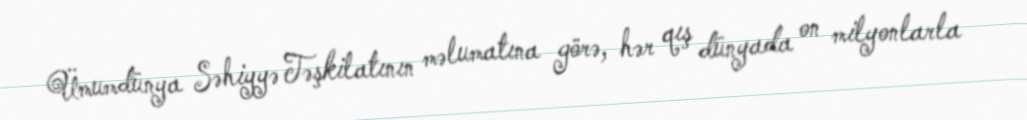
Ümumdünya Səhiyyə Təşkilatının məlumatına görə, hər qış dünyada on milyonlarla